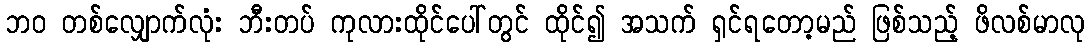
ဘဝ တစ်လျှောက်လုံး ဘီးတပ် ကုလားထိုင်ပေါ်တွင် ထိုင်၍ အသက် ရှင်ရတော့မည် ဖြစ်သည့် ဖိလစ်မာလု